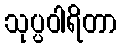
သုပ္ပဝါရိတာ